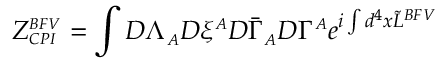
\displaystyle Z _ { \scriptscriptstyle C P I } ^ { \scriptscriptstyle B F V } = \int { \cal D } \Lambda _ { \scriptscriptstyle A } { \cal D } \xi ^ { \scriptscriptstyle A } { \cal D } \bar { \Gamma } _ { \scriptscriptstyle A } { \cal D } \Gamma ^ { \scriptscriptstyle A } e ^ { i \int d ^ { 4 } x \widetilde { \cal L } ^ { \scriptscriptstyle B F V } }